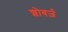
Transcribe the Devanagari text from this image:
शोबर्ज़